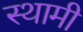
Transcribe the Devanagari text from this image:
स्थामी